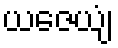
ယဇေယျံ